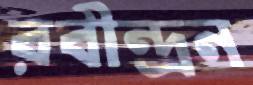
রবীন্দ্রন